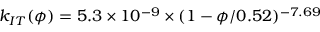
k _ { I T } ( \phi ) = 5 . 3 \times 1 0 ^ { - 9 } \times ( 1 - \phi / 0 . 5 2 ) ^ { - 7 . 6 9 }